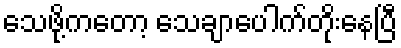
သေဖို့ကတော့ သေချာပေါက်တိုးနေပြီ